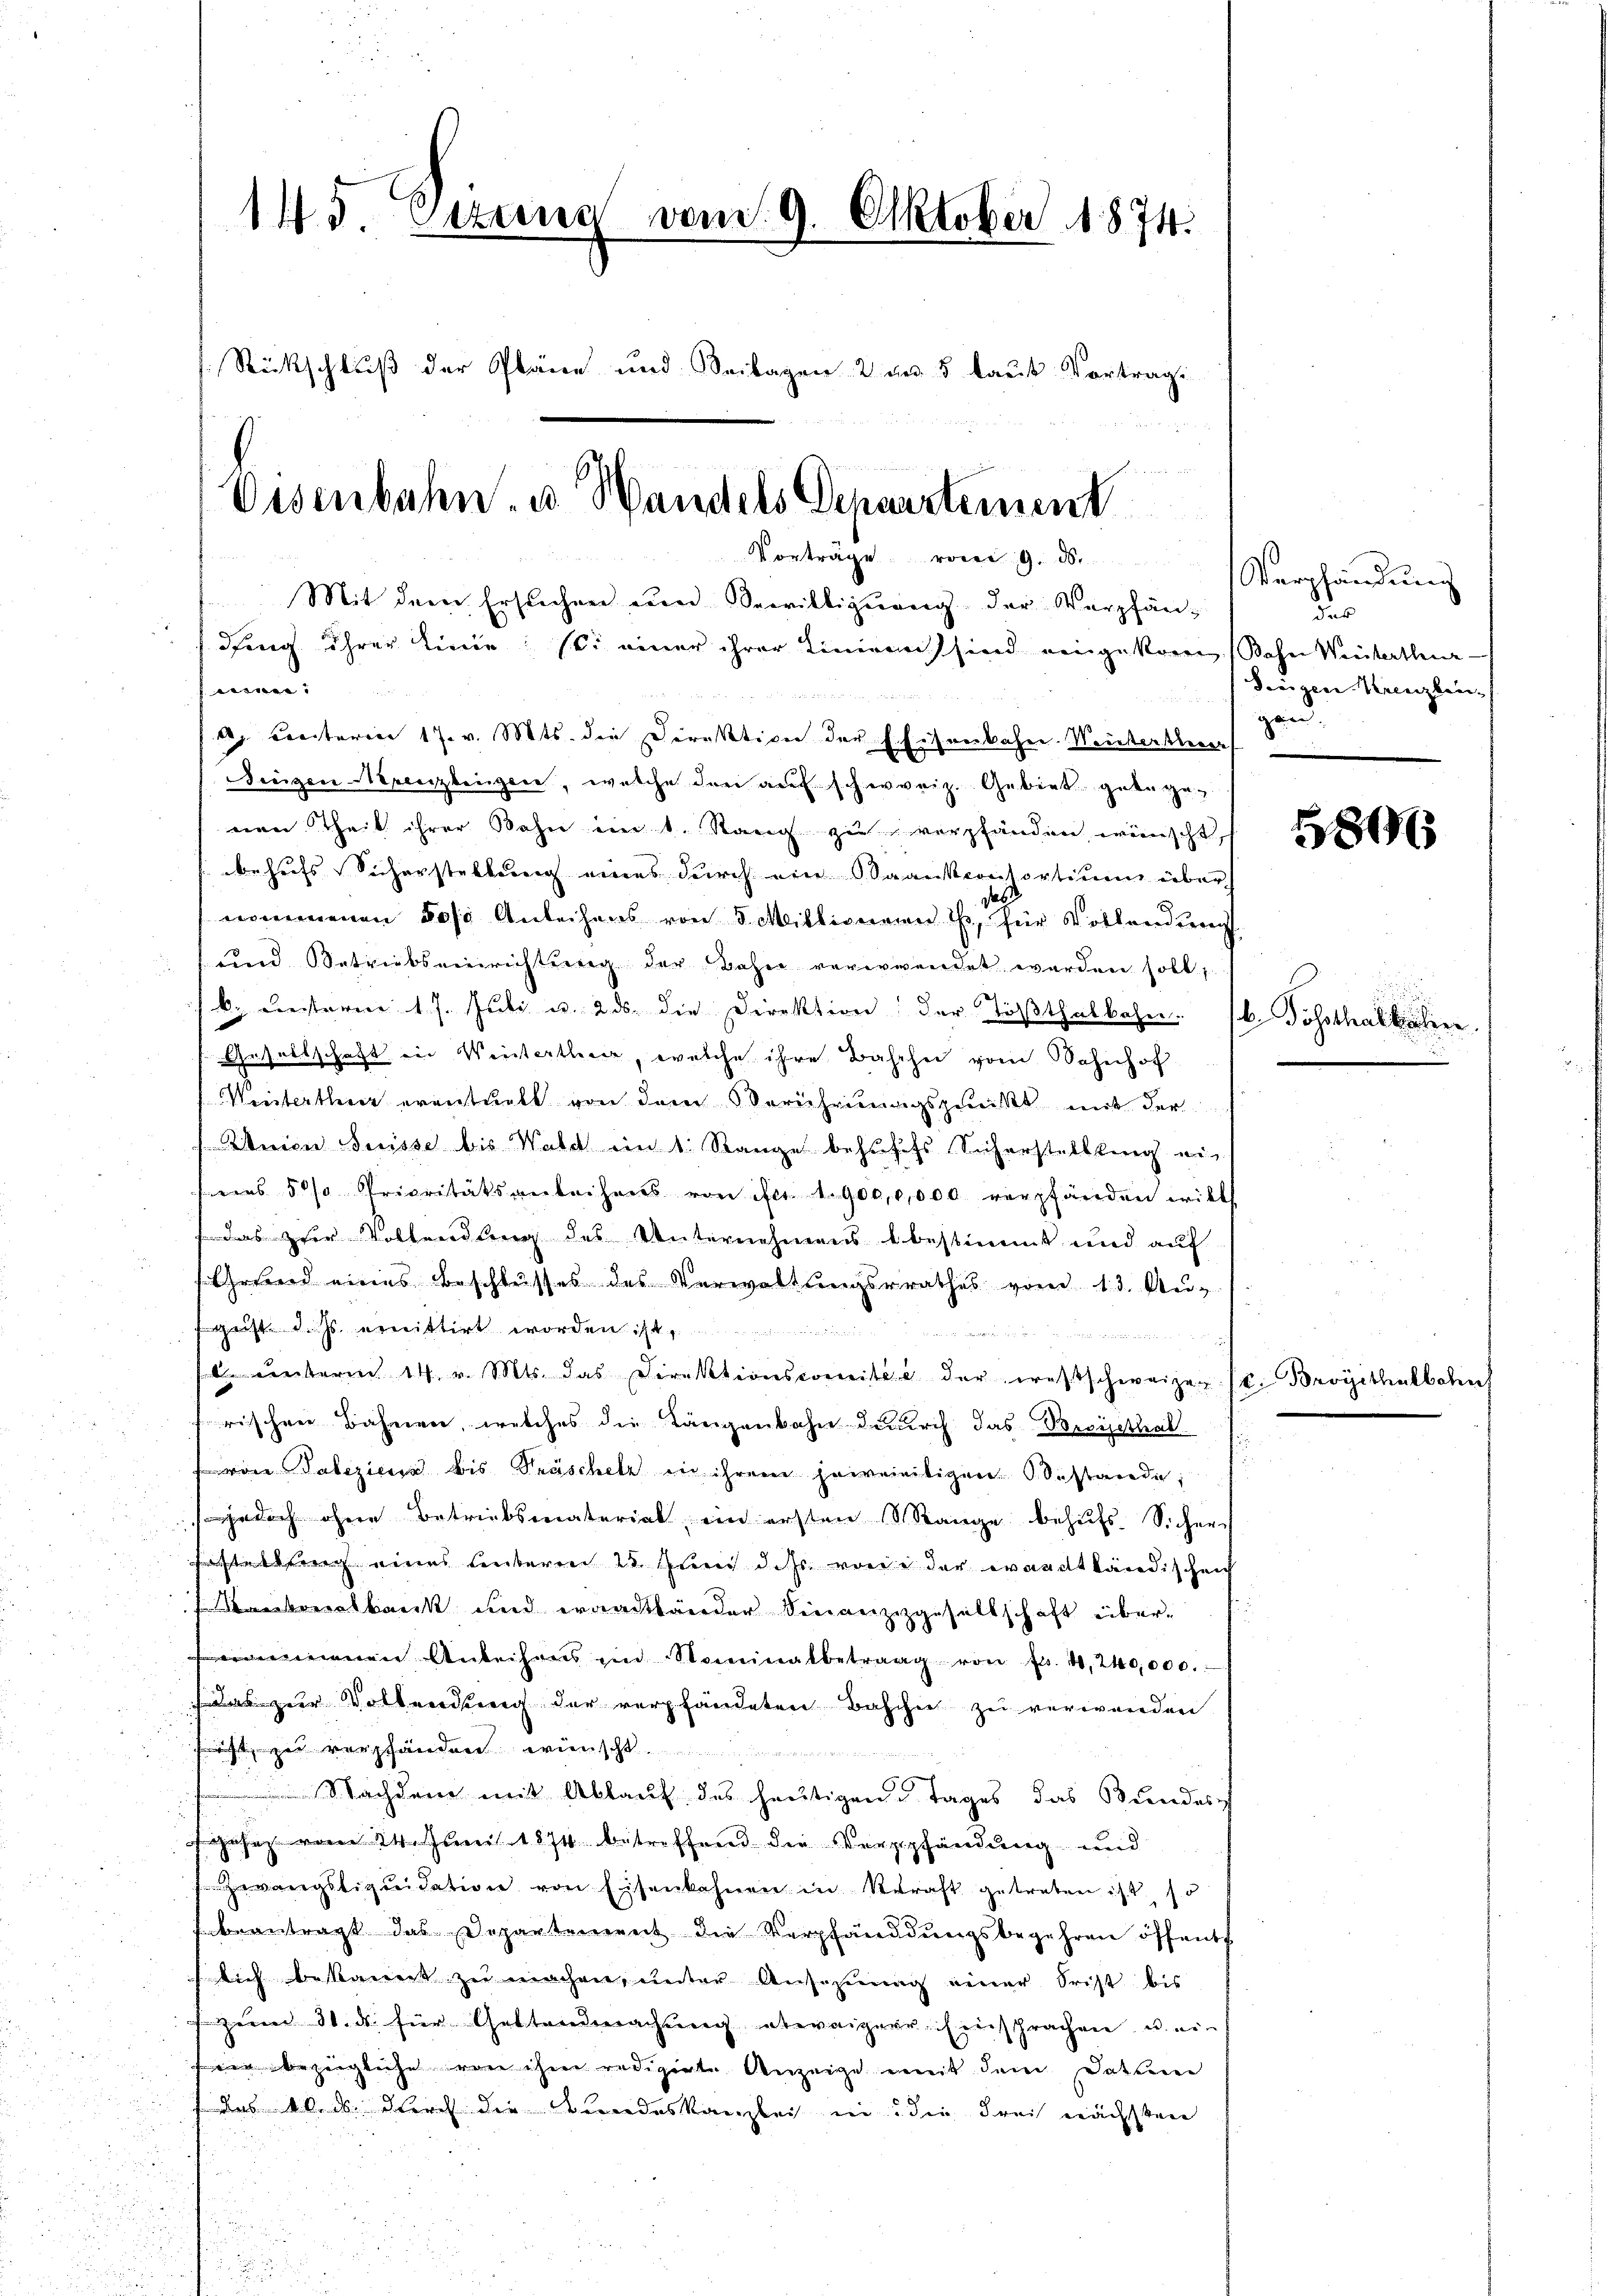
145 Erzens vom 9. Oktober 1874.
Rückschluß der Pläne und Beilagen 2 an 5 laut Vortrag
u
Eisenbahn- u. Handels Departement

Mit dem Ersuchen ein Bewilligung der Verpfän¬
Pfing ihrer Linie sei einer ihrer Liniern sind eingekom, Bahn Weiterthur¬
: |
2.
d. Fensteren 17. v. Mts. die Direktiven der Eisenbahn. Weichertlerer
Singen Verenzlingen, welche den auf schweiz. Gebiet getegenen Theil ihrer Bahn in s. Rang zu verpfänden wünscht,
behufs Sicherstellung eines durch ein Saankconsortium über
nommenen des Anleihens von 5 Millionen u. für Vollendung
und Betriebseinrichtung der Bahn verwendet werden soll,
b. unterm 17. Juli u. 2 ds. die Direktion der Tößthalbahn. / Posthaltalien.
Gesellschaft in Weiterthur, welche ihre Baschei vom Bahnhof
Weiterthur eventuell von dem Verehrungspunkt mit der
Union Suisse bis Wald ein 1. Range behufifs Sicherstellung ein
 5 % Prioritätsanleihens von ist 1900,0,000 verpfänden will
das zur Vorhandlung des Unternehmens bestimmt und auf
Grund eines Beschlusses des Verwaltungsrathes vom 13. Au-
geiste auchs erwittirt worden ist,

berm 14. v. Mts. das Direktionscomitée der westschweizen (c. Brogithalbahn
rischen Bahnen, welches die Längenbahn durch das Breisethal.
von Palezicus bis Präscheln in ihrem jeweieitigen bestande,
jedoch ohne Betriebsmaterial, ein ersten Range behufs Sicher
Fastetting eines unteren 25. Auch dass vorde der waadtländischeich
Kantonalbank und waadtländer Finanzigesellschaft überommenen Anleihens im Nominalbetrag von fr. 4,240,000.
Das zur Vollendung der verpfändeten Basche zu verwenden
frift zu verständen wünscht.

Nachdem mit Ablauf des heutigen Tages das Bundes-
fgesez vom 24. Juni 1874 betreffend die Verpfändung und
Zwangstiquidation von Eisenbahnen in Kraft getreten ist, so
beantragt das Departement die Verpfändungsbegehren öffent
flich bekannt zu machen, unter Ansehung einer Frist bis
zum 31. ds. für Gestandmachung etwaigere Einsprachen u. ein
fein bezügliche von ihne redigerte Anzeige mit dem Datte
das 10. ds. durch die Bundeskanzlei in die Frei nächsten

Vorträge vom 9. d.

Verpfändung
dus
Siegen Grenzlei-
gan.

806